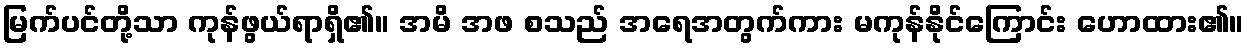
မြက်ပင်တို့သာ ကုန်ဖွယ်ရာရှိ၏။ အမိ အဖ စသည် အရေအတွက်ကား မကုန်နိုင်ကြောင်း ဟောထား၏။